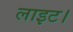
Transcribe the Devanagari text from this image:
लाइट।